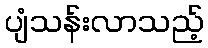
ပျံသန်းလာသည့်